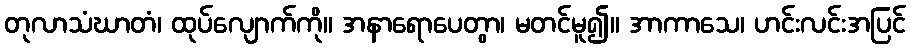
တုလာသံဃာတံ၊ ထုပ်လျောက်ကို။ အနာရောပေတွာ၊ မတင်မူ၍။ အာကာသေ၊ ဟင်းလင်းအပြင်